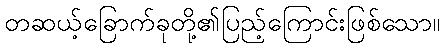
တဆယ့်ခြောက်ခုတို့၏ပြည့်ကြောင်းဖြစ်သော။